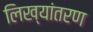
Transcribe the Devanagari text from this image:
लिख्यांतरण